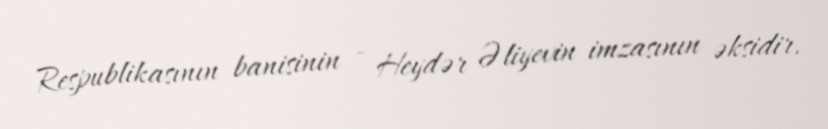
Respublikasının banisinin - Heydər Əliyevin imzasının əksidir.